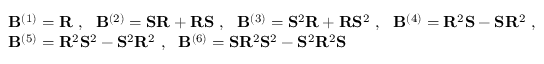
\begin{array} { r } { \begin{array} { r l } & { { \mathbf { B } } ^ { ( 1 ) } = { \mathbf { R } } \ , \ \ { \mathbf { B } } ^ { ( 2 ) } = { \mathbf { S } } { \mathbf { R } } + { \mathbf { R } } { \mathbf { S } } \ , \ \ { \mathbf { B } } ^ { ( 3 ) } = { \mathbf { S } } ^ { 2 } { \mathbf { R } } + { \mathbf { R } } { \mathbf { S } } ^ { 2 } \ , \ \ { \mathbf { B } } ^ { ( 4 ) } = { \mathbf { R } } ^ { 2 } { \mathbf { S } } - { \mathbf { S } } { \mathbf { R } } ^ { 2 } \ , } \\ & { { \mathbf { B } } ^ { ( 5 ) } = { \mathbf { R } } ^ { 2 } { \mathbf { S } } ^ { 2 } - { \mathbf { S } } ^ { 2 } { \mathbf { R } } ^ { 2 } \ , \ \ { \mathbf { B } } ^ { ( 6 ) } = { \mathbf { S } } { \mathbf { R } } ^ { 2 } { \mathbf { S } } ^ { 2 } - { \mathbf { S } } ^ { 2 } { \mathbf { R } } ^ { 2 } { \mathbf { S } } } \end{array} } \end{array}